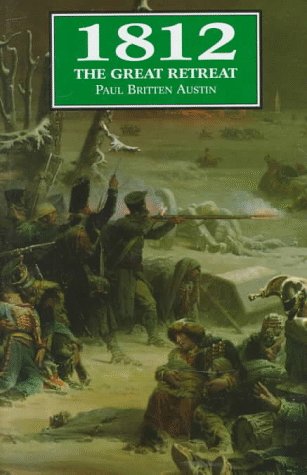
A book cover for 1812: The Great Retreat; Paul Britten Austin; History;